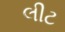
લીટ